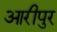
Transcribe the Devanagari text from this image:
आरीपुर